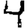
Digit: 4